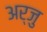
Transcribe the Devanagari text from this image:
अर्जु